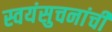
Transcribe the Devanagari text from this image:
स्वयंसुचनांची